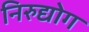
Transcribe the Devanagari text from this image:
निरुद्योग